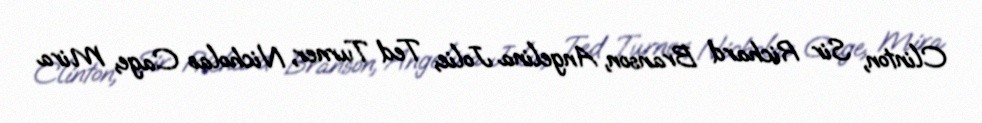
Clinton, Sir Richard Branson, Angelina Jolie, Ted Turner, Nicholas Cage, Mira